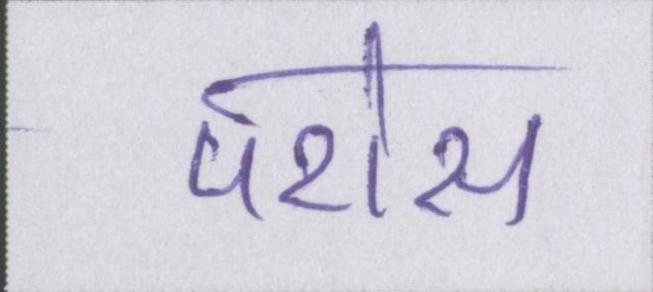
परोस